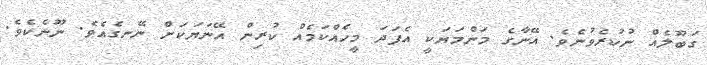
ގަބޫލެއް ނުކުރެވުނެވެ. އޭނާގެ މަންމަޔަކީ އެފަދަ މީހެއްކަމެއް ކުރިން އޭނަޔަކަށް ނޭނގެއެވެ. ނޫނެކެވެ.